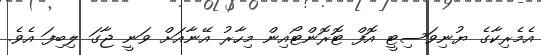
އެމެރިކާގެ ޔުނިވަސިޓީ އޮފް ޓޮރޮންޓޯއިން މިހާރު އޭނާއަށް ވަނީ ޖާގަ ލިބިފަ އެވެ.